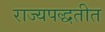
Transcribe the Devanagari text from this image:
राज्यपद्धतीत